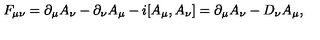
F _ { \mu \nu } = \partial _ { \mu } A _ { \nu } - \partial _ { \nu } A _ { \mu } - i [ A _ { \mu } , A _ { \nu } ] = \partial _ { \mu } A _ { \nu } - D _ { \nu } A _ { \mu } ,